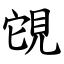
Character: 䙾